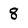
Character: 8